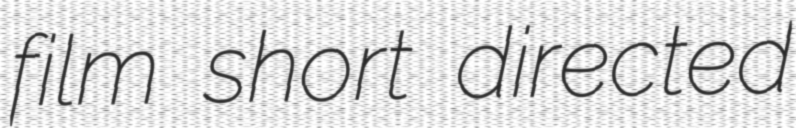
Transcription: film short directed